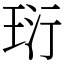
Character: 𤤾